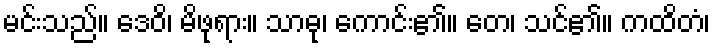
မင်းသည်။ ဒေဝိ၊ မိဖုရား။ သာဓု၊ ကောင်း၏။ တေ၊ သင်၏။ ကထိတံ၊